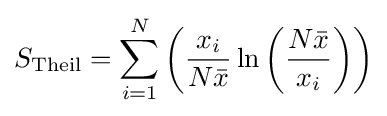
S_{\text{Theil}}=\sum _{i=1}^{N}\left({\frac {x_{i}}{N{\bar {x}}}}\ln \left({\frac {N{\bar {x}}}{x_{i}}}\right)\right)